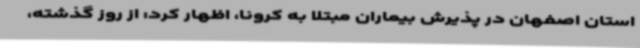
استان اصفهان در پذیرش بیماران مبتلا به کرونا، اظهار کرد: از روز گذشته،